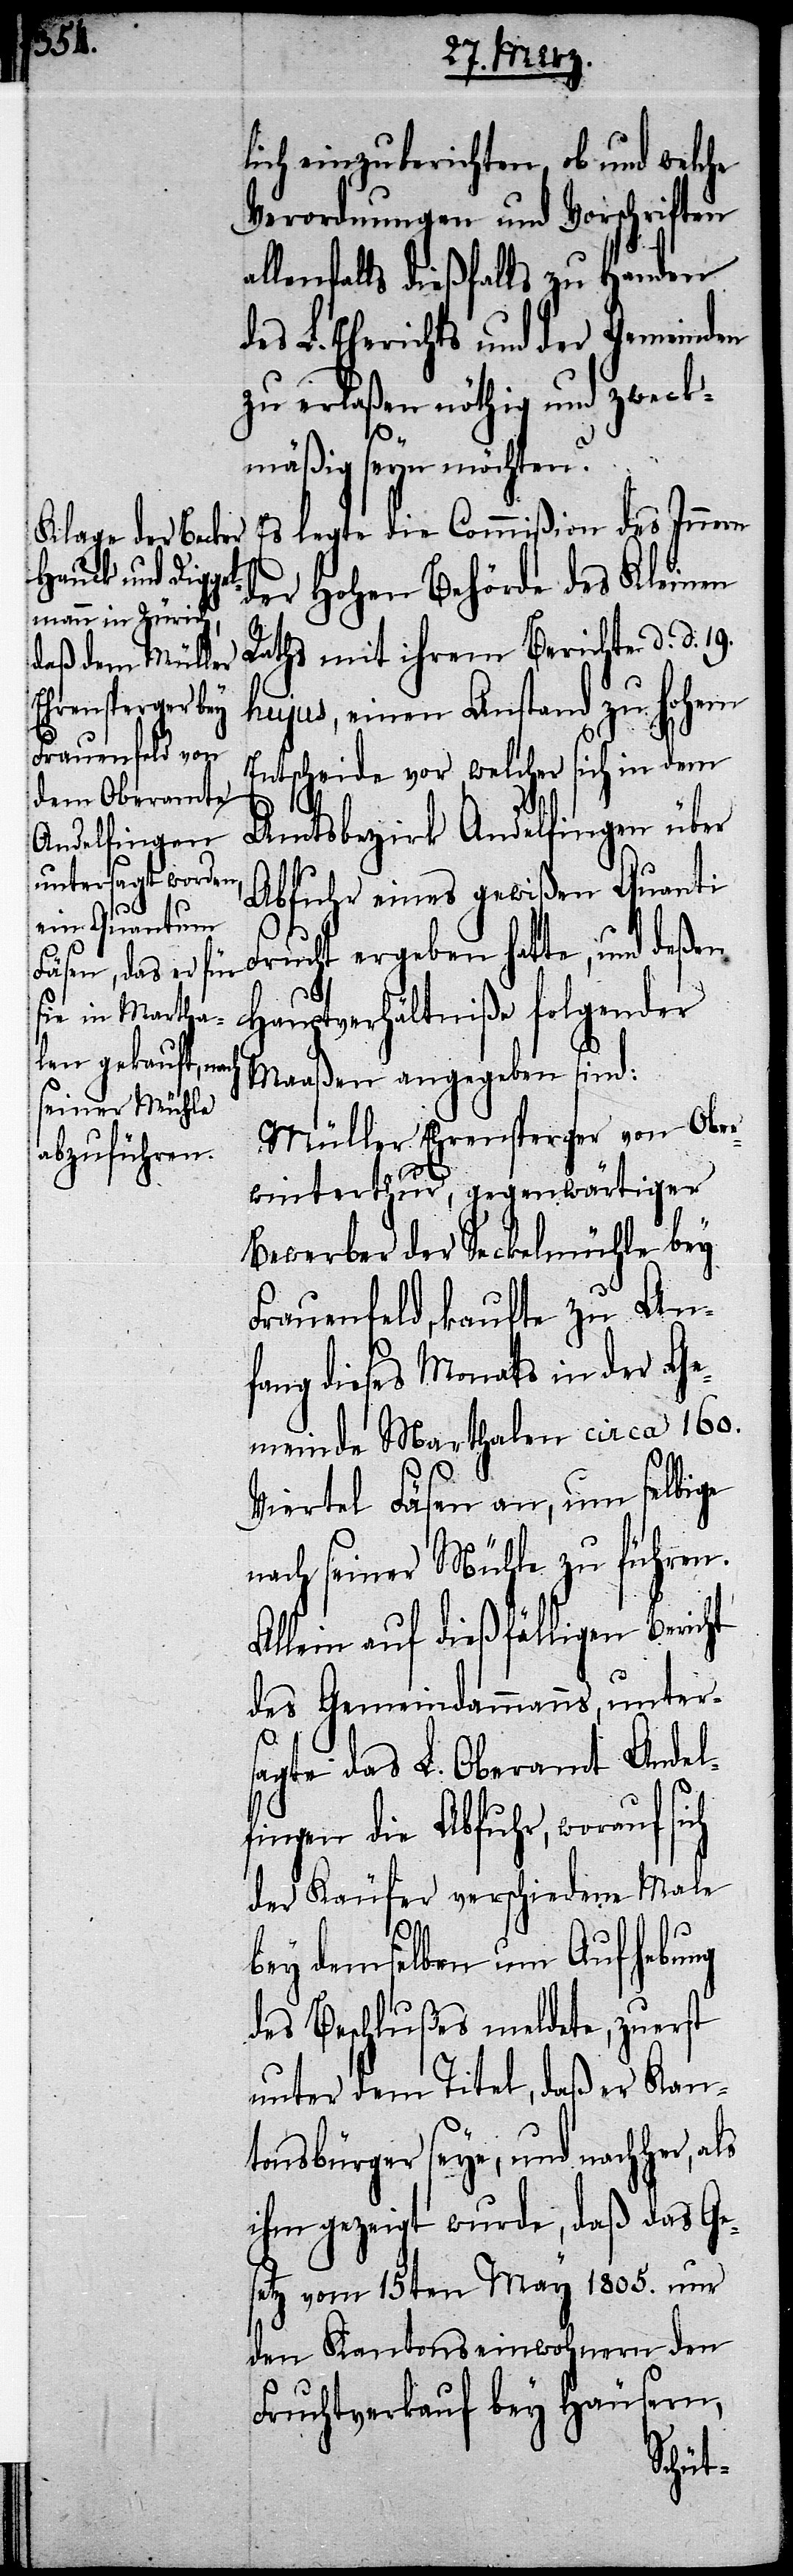
lich einzuberichten, ob und welche
Verordnungen und Vorschriften
allenfalls dießfalls zu Handen
L. Ehe[ge]richts und der Gemeinden
zu erlaßen nöthig und zweck¬
ch
mäßig seyn möchten?
Es legte die Commißion des Innern
der Hohen Behörde des Kleinen
Raths mit ihrem Berichte d. d. 19.
hujus, einen Anstand zu hohem
Entscheide vor, welcher sich in dem
Amtsbezirk Andelfingen über
Abfuhr eines gewißen Quanti
Frucht ergeben hatte, und deßen
Hauptverhältniße folgender
Maaßen angegeben sind:
Müller Ehrensperger von Ober¬
winterthur, gegenwärtiger
Bewerber der Seckelmühle bey
Frauenfeld, kaufte zu An¬
fang dieses Monats in der Ge¬
meinde Marthalen circa 160.
Viertel Fäsen an, um selbige
nach seiner Mühle zu führen.
Allein auf dießfälligen Bericht
des Gemeindammanns, unter¬
sagte das L. Oberamt Andel¬
fingen die Abfuhr, worauf si¬
der Käufer verschiedene Male
bey demselben um Aufhebung
des Beschlußes meldete, zuerst
unter dem Titel, daß er Kan¬
tonsbürger seye, und nachher,
ihm gezeigt wurde, daß das Ges¬
etz vom 15ten May 1805. nur
den Kantonseinwohnern den
Fruchtverkauf bey Häusern,